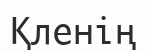
Қленің